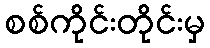
စစ်ကိုင်းတိုင်းမှ